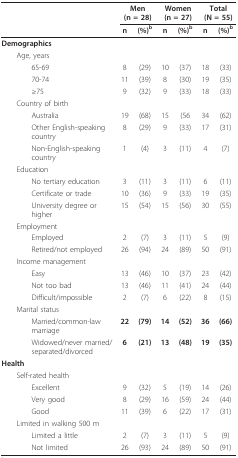
|  | <COLSPAN=2> Men(n = 28) | <COLSPAN=2> Women(n = 27) | <COLSPAN=2> Total(N = 55) |
 |  | n | (%)b | n | (%)b | n | (%)b |
 | --- | --- | --- | --- | --- | --- | --- |
 | Demographics |  |  |  |  |  |  |
 | Age, years |  |  |  |  |  |  |
 | 65-69 | 8 | (29) | 10 | (37) | 18 | (33) |
 | 70-74 | 11 | (39) | 8 | (30) | 19 | (35) |
 | ≥75 | 9 | (32) | 9 | (33) | 18 | (33) |
 | Country of birth |  |  |  |  |  |  |
 | Australia | 19 | (68) | 15 | (56 | 34 | (62) |
 | Other English-speaking country | 8 | (29) | 9 | (33) | 17 | (31) |
 | Non-English-speaking country | 1 | (4) | 3 | (11) | 4 | (7) |
 | Education |  |  |  |  |  |  |
 | No tertiary education | 3 | (11) | 3 | (11) | 6 | (11) |
 | Certificate or trade | 10 | (36) | 9 | (33) | 19 | (35) |
 | University degree or higher | 15 | (54) | 15 | (56) | 30 | (55) |
 | Employment |  |  |  |  |  |  |
 | Employed | 2 | (7) | 3 | (11) | 5 | (9) |
 | Retired/not employed | 26 | (94) | 24 | (89) | 50 | (91) |
 | Income management |  |  |  |  |  |  |
 | Easy | 13 | (46) | 10 | (37) | 23 | (42) |
 | Not too bad | 13 | (46) | 11 | (41) | 24 | (44) |
 | Difficult/impossible | 2 | (7) | 6 | (22) | 8 | (15) |
 | Marital status |  |  |  |  |  |  |
 | Married/common-law marriage | 22 | (79) | 14 | (52) | 36 | (66) |
 | Widowed/never married/separated/divorced | 6 | (21) | 13 | (48) | 19 | (35) |
 | Health |  |  |  |  |  |  |
 | Self-rated health |  |  |  |  |  |  |
 | Excellent | 9 | (32) | 5 | (19) | 14 | (26) |
 | Very good | 8 | (29) | 16 | (59) | 24 | (44) |
 | Good | 11 | (39) | 6 | (22) | 17 | (31) |
 | Limited in walking 500 m |  |  |  |  |  |  |
 | Limited a little | 2 | (7) | 3 | (11) | 5 | (9) |
 | Not limited | 26 | (93) | 24 | (89) | 50 | (91) |